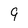
Character: 9